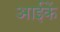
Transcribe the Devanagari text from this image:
आईकें